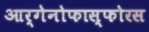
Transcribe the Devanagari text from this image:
आर्गेनोफास्फोरस